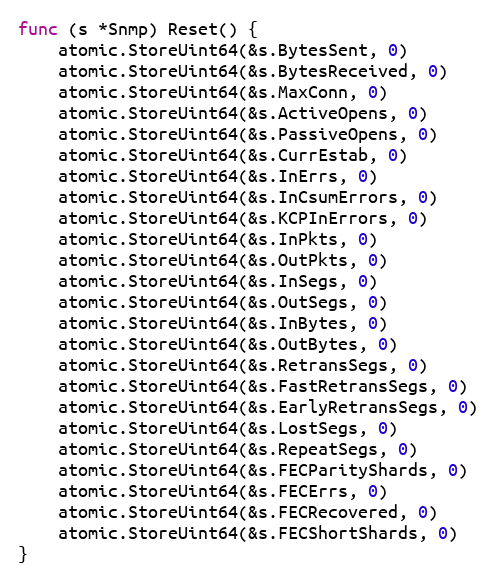
Language: Go
func (s *Snmp) Reset() {
	atomic.StoreUint64(&s.BytesSent, 0)
	atomic.StoreUint64(&s.BytesReceived, 0)
	atomic.StoreUint64(&s.MaxConn, 0)
	atomic.StoreUint64(&s.ActiveOpens, 0)
	atomic.StoreUint64(&s.PassiveOpens, 0)
	atomic.StoreUint64(&s.CurrEstab, 0)
	atomic.StoreUint64(&s.InErrs, 0)
	atomic.StoreUint64(&s.InCsumErrors, 0)
	atomic.StoreUint64(&s.KCPInErrors, 0)
	atomic.StoreUint64(&s.InPkts, 0)
	atomic.StoreUint64(&s.OutPkts, 0)
	atomic.StoreUint64(&s.InSegs, 0)
	atomic.StoreUint64(&s.OutSegs, 0)
	atomic.StoreUint64(&s.InBytes, 0)
	atomic.StoreUint64(&s.OutBytes, 0)
	atomic.StoreUint64(&s.RetransSegs, 0)
	atomic.StoreUint64(&s.FastRetransSegs, 0)
	atomic.StoreUint64(&s.EarlyRetransSegs, 0)
	atomic.StoreUint64(&s.LostSegs, 0)
	atomic.StoreUint64(&s.RepeatSegs, 0)
	atomic.StoreUint64(&s.FECParityShards, 0)
	atomic.StoreUint64(&s.FECErrs, 0)
	atomic.StoreUint64(&s.FECRecovered, 0)
	atomic.StoreUint64(&s.FECShortShards, 0)
}